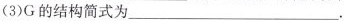
(3)G的结构简式为___.